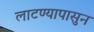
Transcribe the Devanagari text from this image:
लाटण्यापासुन